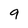
Character: 9